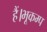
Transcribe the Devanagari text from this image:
हैं।भूकम्प